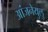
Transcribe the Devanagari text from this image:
आंजनेयुलु